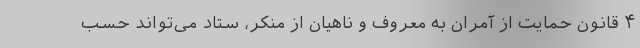
۴ قانون حمایت از آمران به معروف و ناهیان از منکر، ستاد می‌تواند حسب